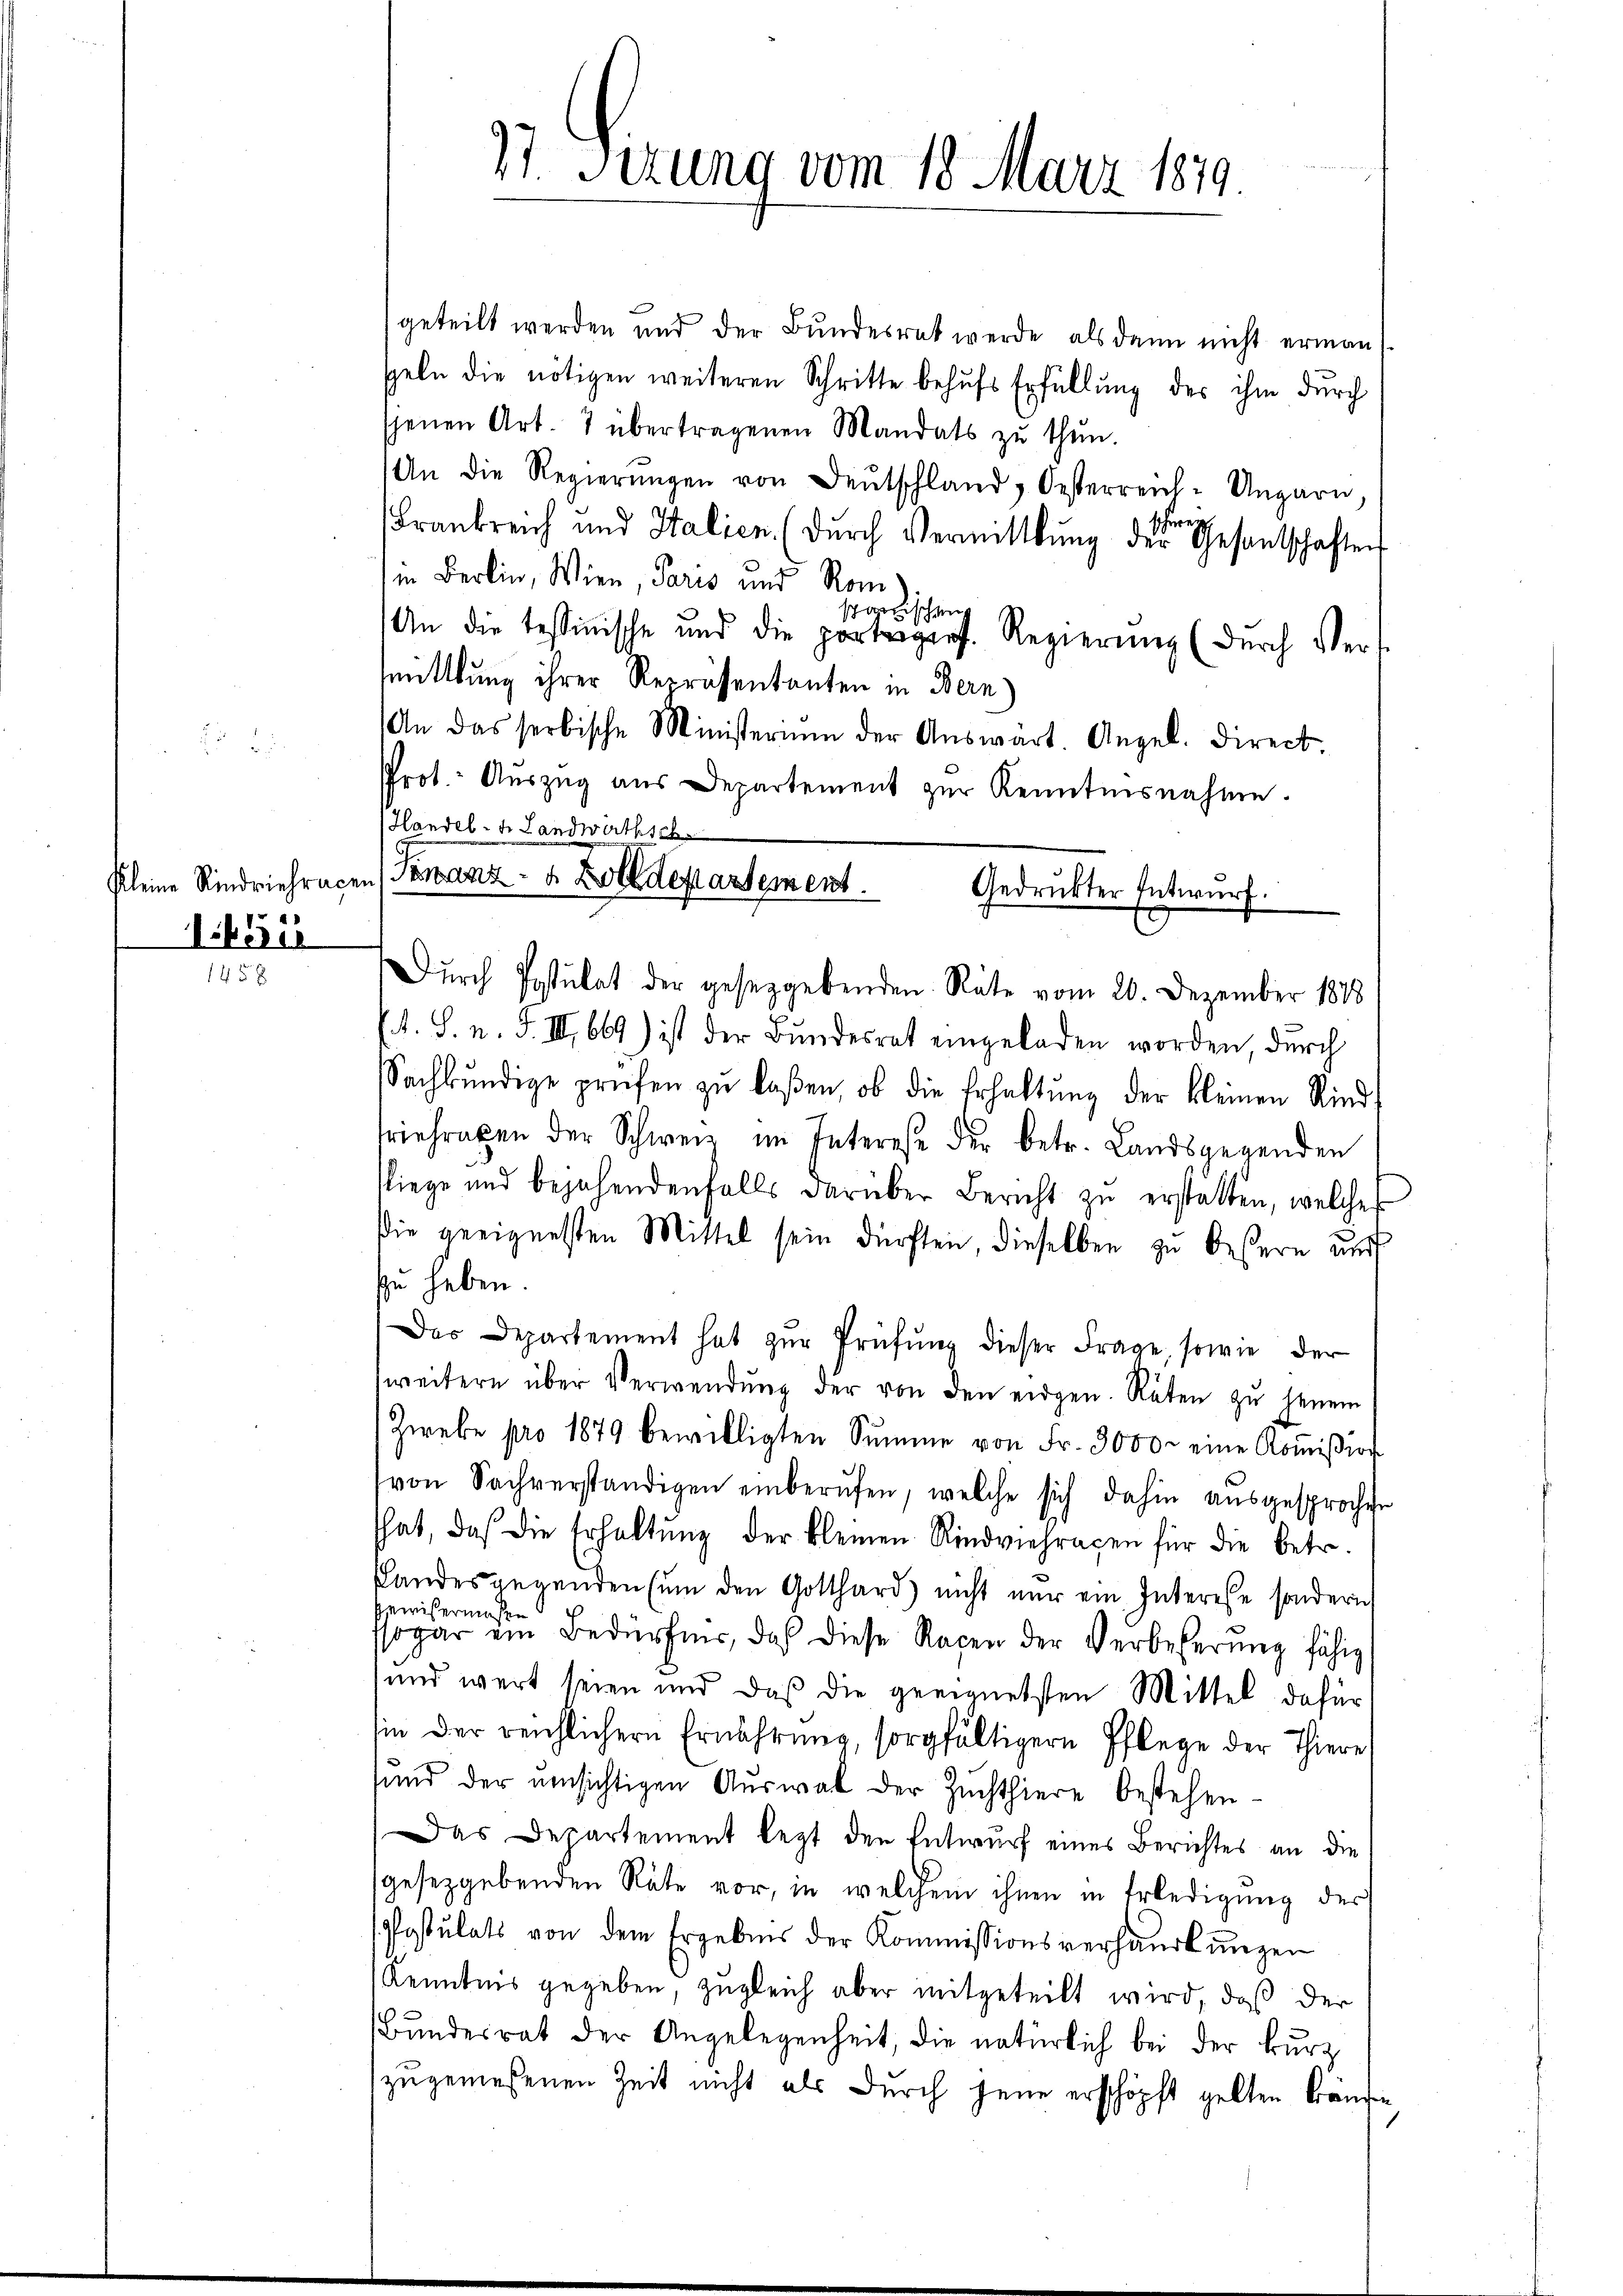
Kleine Rindviehrace.

1451
145

27 Sizung vom 18. März 1819

geteilt werden und der Bundesrat werde als dann nicht erman
speln die nötigen weiteren Schritte behŭfs Erfüllung des ihm durch
jenen Art. 7 übertragenen Mandats zŭ thŭn.
An die Regierŭngen von Deutschland, Oesterreich-Ungarn,
1
Frankreich und Italien (dŭrch Vermittlung der Gesandtschaften
in Berlin, Wien, Paris und Rom
schanischen
An die tessinische und die portigers. Regierung (durch Vert
mittlung ihrer Repräsentanten in Bern)
An das serbische Ministerium der Aŭswart. Angel. Direct
Prot. Auszug aus Departement zur Kenntnisnahme.
Handelt Landwirthsch
74. S. n. F. III 669) ist der Bundesrat eingeladen worden durch
Sachbŭndige prüfen zŭ laßen, ob die Erhaltŭng der kleinen Rind-
riefragen der Schweiz im Interese der betr. Landsgegenden
liege und bejahendenfalls darüber Bericht zŭ erstatten, welches
die geeignesten Mittel sein dürften, dieselben zu bestern und
zu haben
Das Departement hat zŭr Prüfŭng dieser Frage, sowie der
weitern über Verwendŭng der von den eidgen. Räten zu jenein
Zwebe pro 1879 bewilligten Summe von Fr. 3000. eine Koṁission
von Sachverständigen einberŭfen, welche sich dahin ausgesprochen
hat, daß die Erhaltŭng der kleinen Rindviehraxen für die betr.
slandesgegenden ŭm den Gotthard nicht nur ein Interese sondern
Gewissermaßen
sogar ein Bedürfnis, daß diese Racen der Verbeßerung fähig
und wert seien und daß die geeignetsten Mittel dafür
sie der reichlichern Ernährung, sorgfältigern Pflege der Thiere
sund der umsichtigen Auswal der Zuchthiere bestehen-
Das Departement legt den Entwurf eines Berichtes an die
gesetzgebenden Räte vor, in welchem ihnen in Erledigung der
Postulats von dem Ergebnis der Kommissionsverhandlŭngen
Kenntnis gegeben, zugleich aber mitgeteilt wird, daß der
Bundesrat der Angelegenheit, die natürlich bei der kurz
zugemessenen Zeit nicht als durch jene erschöpft gelten Bränd¬

Ponanz- u. Zolldepartement. Gedruckter Entwurf.
Dŭrch Postulat der gesetzgebenden Räte vom 20. Dezember 1888